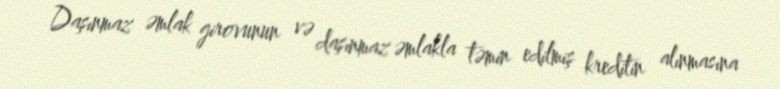
Daşınmaz əmlak girovunun və daşınmaz əmlakla təmin edilmiş kreditin alınmasına